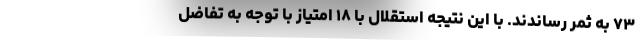
۷۳ به ثمر رساندند. با این نتیجه استقلال با ۱۸ امتیاز با توجه به تفاضل